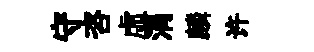
守咨虚涓麟许